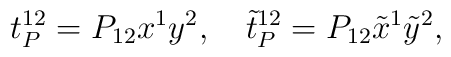
t_P^{12} = P_{12} x^1 y^2, \quad    \tilde{t}_P^{12} = P_{12} \tilde{x}^1 \tilde{y}^2,